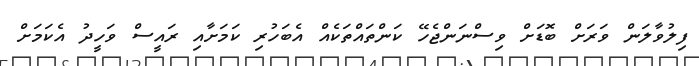
ފިލުވާލަން ވަރަށް ބޮޑަށް ވިސްނަންޖެހޭ ކަންތައްތަކެއް އެބަހުރި ކަމަށާއި ރައީސް ވަހީދު އެކަމަށް